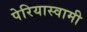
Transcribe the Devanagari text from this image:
पेरियास्वामी